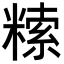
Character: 𥻨